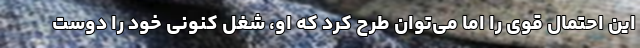
این احتمال قوی را اما می‌توان طرح کرد که او، شغل کنونی خود را دوست